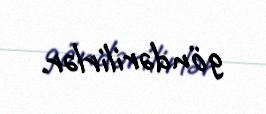
göndərilirlər.